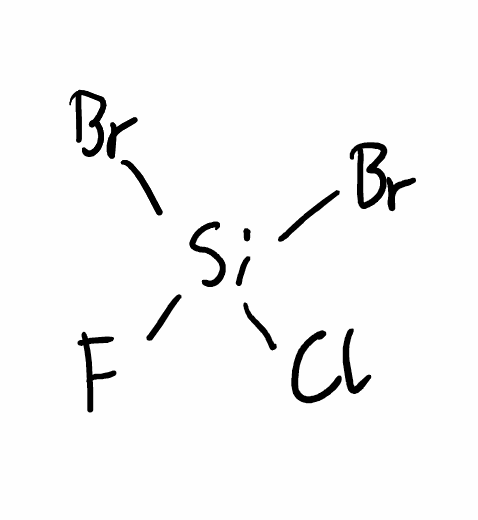
Simplified molecular-input line-entry system (SMILES) notation of the given molecule:
F[Si](Cl)(Br)Br